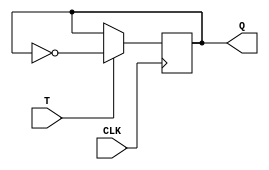
module t_flipflop(
    input wire CLK,
    input wire T,
    output reg Q
);

always @(posedge CLK) begin
    if (T == 1'b1) begin
        Q <= ~Q;
    end
end

endmodule